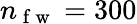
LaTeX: n_{\mathrm{~f~w~}}=300